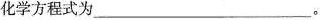
化学方程式为___。